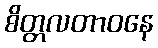
စိတ္တလတာဝနေ